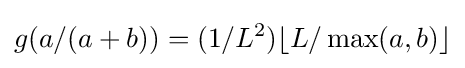
g(a/(a+b))=(1/L^{2})\lfloor L/\max(a,b)\rfloor